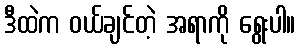
ဒီထဲက ဝယ်ချင်တဲ့ အရာကို ရွေးပါ။